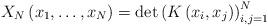
LaTeX: \begin{align*}X_{N}\left(x_{1},\dots,x_{N}\right)=\det\left(K\left(x_{i},x_{j}\right)\right)_{i,j=1}^{N}\end{align*}